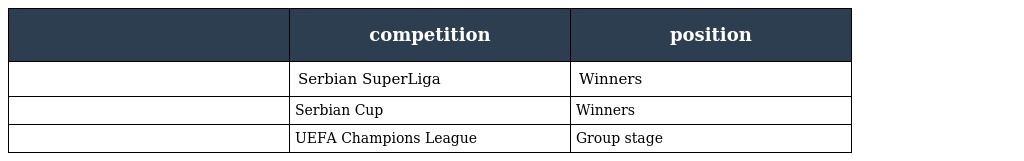
|  | competition | position |
 | --- | --- | --- |
 |  | Serbian SuperLiga | Winners |
 |  | Serbian Cup | Winners |
 |  | UEFA Champions League | Group stage |